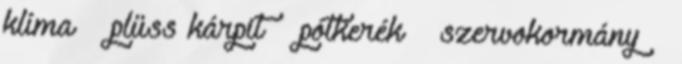
klíma – plüss kárpit – pótkerék – szervokormány –